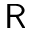
\textsf { R }